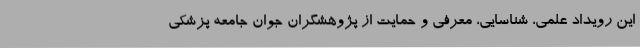
این رویداد علمی، شناسایی، معرفی و حمایت از پژوهشگران جوان جامعه پزشکی